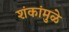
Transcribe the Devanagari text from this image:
शंकांमुळे